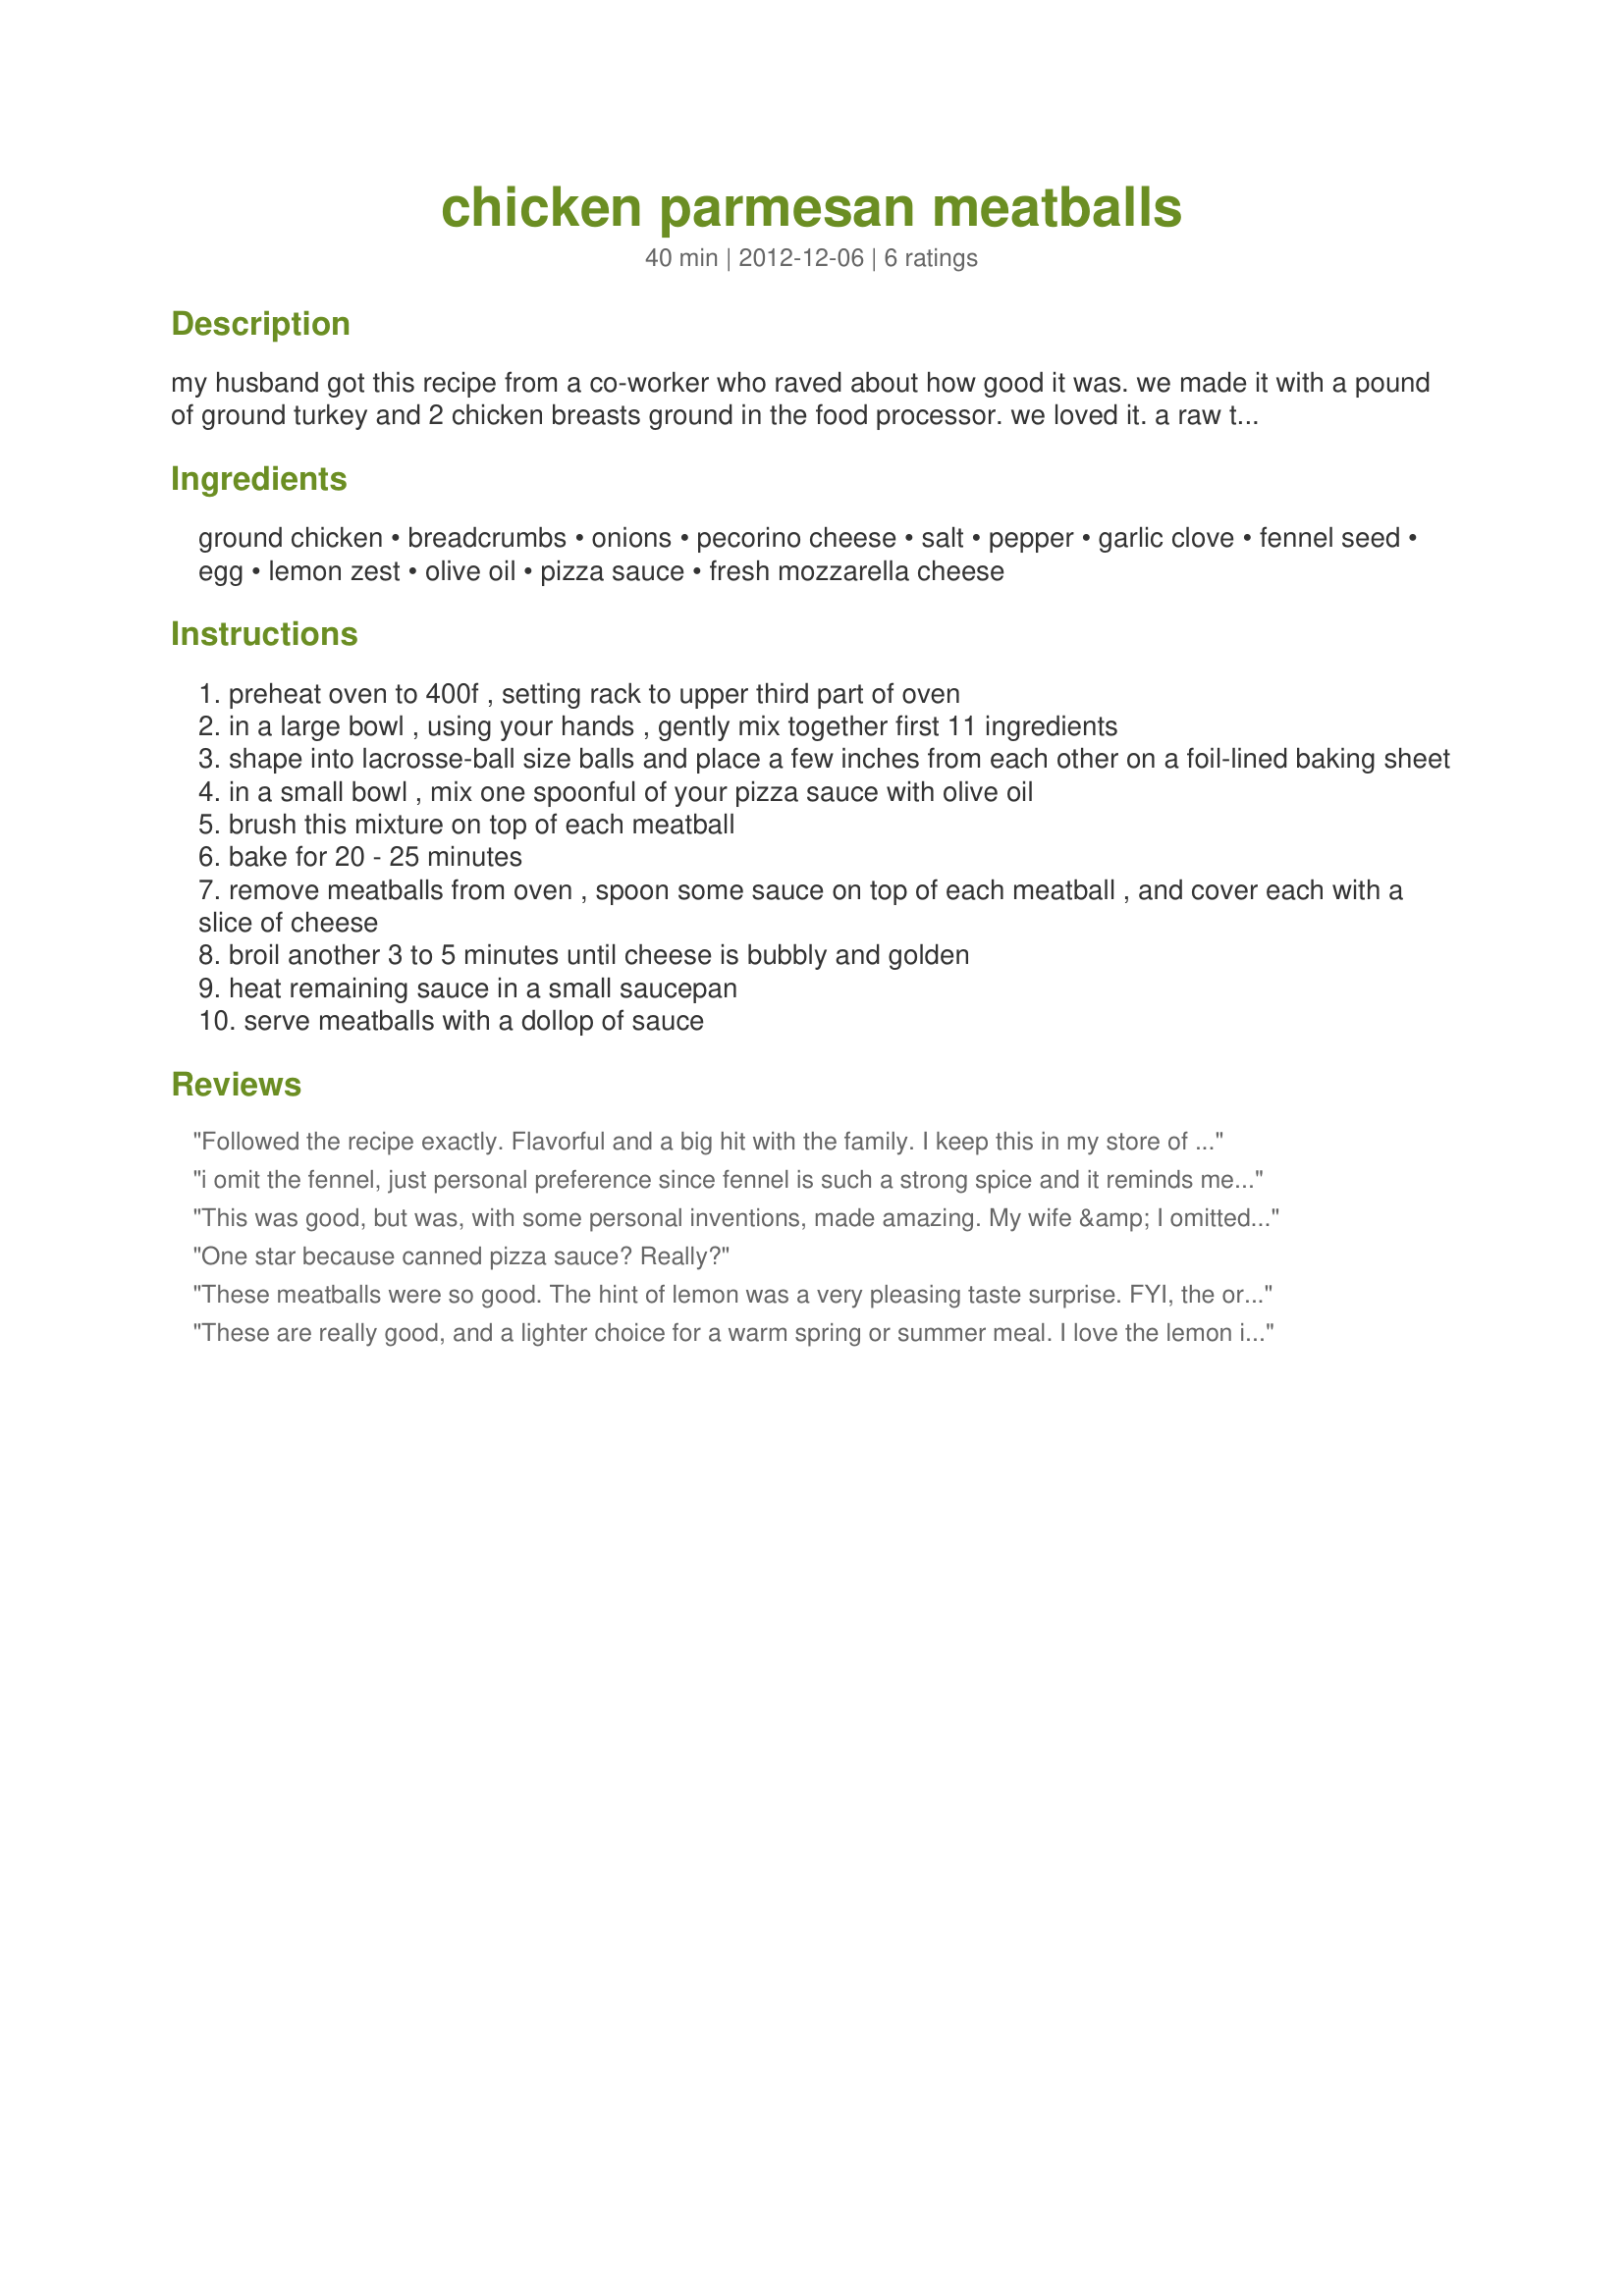
chicken parmesan meatballs
Preparation time: 40 minutes

my husband got this recipe from a co-worker who raved about how good it was. we made it with a pound of ground turkey and 2 chicken breasts ground in the food processor. we loved it.

a raw tuscan kale salad that has been shredded and tossed with shallots, pecornio, olive oil, tsp of lemon juice, salt, and pepper goes great with this dish.

Ingredients:
ground chicken, breadcrumbs, onions, pecorino cheese, salt, pepper, garlic clove, fennel seed, egg, lemon zest, olive oil, pizza sauce, fresh mozzarella cheese

Steps:
preheat oven to 400f , setting rack to upper third part of oven
in a large bowl , using your hands , gently mix together first 11 ingredients
shape into lacrosse-ball size balls and place a few inches from each other on a foil-lined baking sheet
in a small bowl , mix one spoonful of your pizza sauce with olive oil
brush this mixture on top of each meatball
bake for 20 - 25 minutes
remove meatballs from oven , spoon some sauce on top of each meatball , and cover each with a slice of cheese
broil another 3 to 5 minutes until cheese is bubbly and golden
heat remaining sauce in a small saucepan
serve meatballs with a dollop of sauce

Reviews:
Followed the recipe exactly. Flavorful and a big hit with the family. I keep this in my store of recipes to use with our leftover sauce.
i omit the fennel, just personal preference since fennel is such a strong spice and it reminds me of sausage. plus I hate biting downon whole seed. &lt;br/&gt;we tried this (from another source) and prepared just as directed except that we used fresh made marinara instead of pizza sauce (that is what we had on hand) and we ate over noodles.&lt;br/&gt;I was not overwhelmed but my sister loved them. &lt;br/&gt;I believe these would be better served with the pizza sauce and in a crock pot as an appetizer instead of a meal. just roll the balls smaller for bite size servings.
This was good, but was, with some personal inventions, made amazing. My wife &amp; I omitted the cheese, and served these with some delicious Orange Sauce on top of brown rice with broccoli as a side for an incredible &amp; easy to prepare dinner. It was much better than the original recipe with Parmesan &amp; Fennel (yuck!) - we tried that once, gross. Red sauce does NOT go with lemon zest to our palate. Lemon zest mixes so much BETTER with Asian flavors. As does this recipe, when you omit the cheese.
One star because canned pizza sauce? Really?
These meatballs were so good. The hint of lemon was a very pleasing taste surprise. FYI, the original recipe from dinneralovestory&#039;s blog included 1 Tbsp chopped parsley, so the instructions to mix the first 11 ingredients should only include the ingredients through the lemon zest. I didn&#039;t have pizza sauce so I substituted a jar of pasta sauce. I used 99% fat free ground chicken and was concerned the meatballs might be too dry, so I added some of the pasta sauce into the meatball mixture. They turned out wonderfully!
These are really good, and a lighter choice for a warm spring or summer meal. I love the lemon in the meatballs. I used a jar of marinara instead of pizza sauce to keep it lighter. I made them smaller, so there were 20. And I cooked them in the sauce in the crockpot (high 1 1/2 hrs, then low 3 hours). They were so tender, just the way I like meatballs. Thanks for posting!
